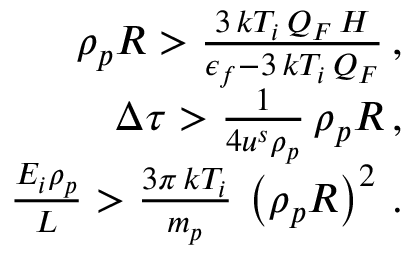
\begin{array} { r l r } & { } & { \rho _ { p } R > \frac { 3 \, k T _ { i } \, Q _ { F } \, H } { \epsilon _ { f } - 3 \, k T _ { i } \, Q _ { F } } \, , } \\ & { } & { \Delta \tau > \frac { 1 } { 4 u ^ { s } \rho _ { p } } \, \rho _ { p } R \, , } \\ & { } & { \frac { E _ { i } \rho _ { p } } { L } > \frac { 3 \pi \, k T _ { i } } { m _ { p } } \, \left( \rho _ { p } R \right) ^ { 2 } \, . } \end{array}